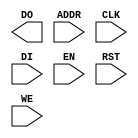
// $Header: /devl/xcs/repo/env/Databases/CAEInterfaces/xec_libs/data/unisims/ramb4_s8_int.v,v 1.1 2005/05/10 01:20:09 wloo Exp $

/*

FUNCTION	: 4x8 Block RAM with synchronous write capability

*/

`celldefine
`timescale  100 ps / 10 ps

module ramb4_s8_int (DO, ADDR, CLK, DI, EN, RST, WE);

    parameter INIT_00 = 256'h0000000000000000000000000000000000000000000000000000000000000000;
    parameter INIT_01 = 256'h0000000000000000000000000000000000000000000000000000000000000000;
    parameter INIT_02 = 256'h0000000000000000000000000000000000000000000000000000000000000000;
    parameter INIT_03 = 256'h0000000000000000000000000000000000000000000000000000000000000000;
    parameter INIT_04 = 256'h0000000000000000000000000000000000000000000000000000000000000000;
    parameter INIT_05 = 256'h0000000000000000000000000000000000000000000000000000000000000000;
    parameter INIT_06 = 256'h0000000000000000000000000000000000000000000000000000000000000000;
    parameter INIT_07 = 256'h0000000000000000000000000000000000000000000000000000000000000000;
    parameter INIT_08 = 256'h0000000000000000000000000000000000000000000000000000000000000000;
    parameter INIT_09 = 256'h0000000000000000000000000000000000000000000000000000000000000000;
    parameter INIT_0A = 256'h0000000000000000000000000000000000000000000000000000000000000000;
    parameter INIT_0B = 256'h0000000000000000000000000000000000000000000000000000000000000000;
    parameter INIT_0C = 256'h0000000000000000000000000000000000000000000000000000000000000000;
    parameter INIT_0D = 256'h0000000000000000000000000000000000000000000000000000000000000000;
    parameter INIT_0E = 256'h0000000000000000000000000000000000000000000000000000000000000000;
    parameter INIT_0F = 256'h0000000000000000000000000000000000000000000000000000000000000000;

    output [7:0] DO;
    reg [7:0] DO;

    input [8:0] ADDR;
    input [7:0] DI;
    input EN, CLK, WE, RST;

// synopsys translate_off
    reg [4095:0] mem;
    reg [8:0] count;

    initial begin
	for (count = 0; count < 256; count = count + 1) begin
	    mem[count]		  <= INIT_00[count];
	    mem[256 * 1 + count]  <= INIT_01[count];
	    mem[256 * 2 + count]  <= INIT_02[count];
	    mem[256 * 3 + count]  <= INIT_03[count];
	    mem[256 * 4 + count]  <= INIT_04[count];
	    mem[256 * 5 + count]  <= INIT_05[count];
	    mem[256 * 6 + count]  <= INIT_06[count];
	    mem[256 * 7 + count]  <= INIT_07[count];
	    mem[256 * 8 + count]  <= INIT_08[count];
	    mem[256 * 9 + count]  <= INIT_09[count];
	    mem[256 * 10 + count] <= INIT_0A[count];
	    mem[256 * 11 + count] <= INIT_0B[count];
	    mem[256 * 12 + count] <= INIT_0C[count];
	    mem[256 * 13 + count] <= INIT_0D[count];
	    mem[256 * 14 + count] <= INIT_0E[count];
	    mem[256 * 15 + count] <= INIT_0F[count];
	end
    end

    always @(posedge CLK) begin
	if (EN == 1'b1)
	    if (RST == 1'b1)
		begin
		    DO[0] <= 0;
		    DO[1] <= 0;
		    DO[2] <= 0;
		    DO[3] <= 0;
		    DO[4] <= 0;
		    DO[5] <= 0;
		    DO[6] <= 0;
		    DO[7] <= 0;
		end
	    else
		if (WE == 1'b1)
		    begin
			DO[0] <= DI[0];
			DO[1] <= DI[1];
			DO[2] <= DI[2];
			DO[3] <= DI[3];
			DO[4] <= DI[4];
			DO[5] <= DI[5];
			DO[6] <= DI[6];
			DO[7] <= DI[7];
		    end
		else
		    begin
			DO[0] <= mem[ADDR * 8];
			DO[1] <= mem[ADDR * 8 + 1];
			DO[2] <= mem[ADDR * 8 + 2];
			DO[3] <= mem[ADDR * 8 + 3];
			DO[4] <= mem[ADDR * 8 + 4];
			DO[5] <= mem[ADDR * 8 + 5];
			DO[6] <= mem[ADDR * 8 + 6];
			DO[7] <= mem[ADDR * 8 + 7];
		    end
    end

    always @(posedge CLK) begin
	if (EN == 1'b1 && WE == 1'b1)
	    begin
		mem[ADDR * 8] <= DI[0];
		mem[ADDR * 8 + 1] <= DI[1];
		mem[ADDR * 8 + 2] <= DI[2];
		mem[ADDR * 8 + 3] <= DI[3];
		mem[ADDR * 8 + 4] <= DI[4];
		mem[ADDR * 8 + 5] <= DI[5];
		mem[ADDR * 8 + 6] <= DI[6];
		mem[ADDR * 8 + 7] <= DI[7];
	    end
    end
// synopsys translate_on

endmodule